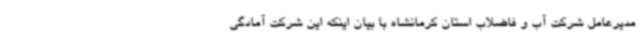
مدیرعامل شرکت آب و فاضلاب استان کرمانشاه با بیان اینکه این شرکت آمادگی